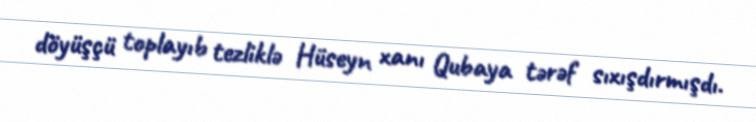
döyüşçü toplayıb tezliklə Hüseyn xanı Qubaya tərəf sıxışdırmışdı.